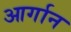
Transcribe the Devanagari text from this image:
आर्गान